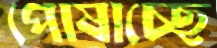
পোষাচ্ছে